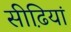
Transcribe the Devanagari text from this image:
सीढि़यां